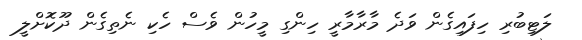
ލަޓިބުރި ހިފައިގެން ވަދެ މާރާމާރީ ހިންގި މީހުން ވެސް ހެކި ނެތިގެން ދޫކޮށްލީ